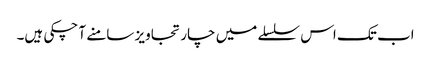
اب تک اس سلسلے میں چار تجاویز سامنے آ چکی ہیں۔